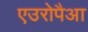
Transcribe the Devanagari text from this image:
एउरोपैआ